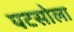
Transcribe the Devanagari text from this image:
पटसोला